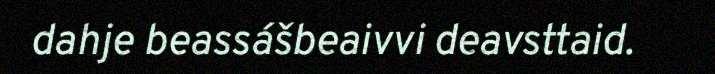
dahje beassášbeaivvi deavsttaid.